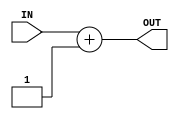
module u_add_1(
  IN  ,
  OUT );

parameter WL  = 8       ;

input  [WL -1:0] IN ;
output [WL -1:0] OUT;

reg    [WL-1:0] W_add;

always @ (IN) begin
  W_add = IN + 1;
end

assign OUT = W_add;

endmodule